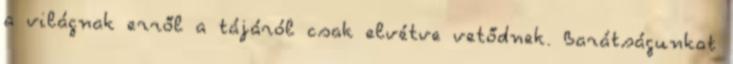
a világnak erről a tájáról csak elvétve vetődnek. Barátságunkat